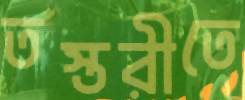
তস্তরীতে